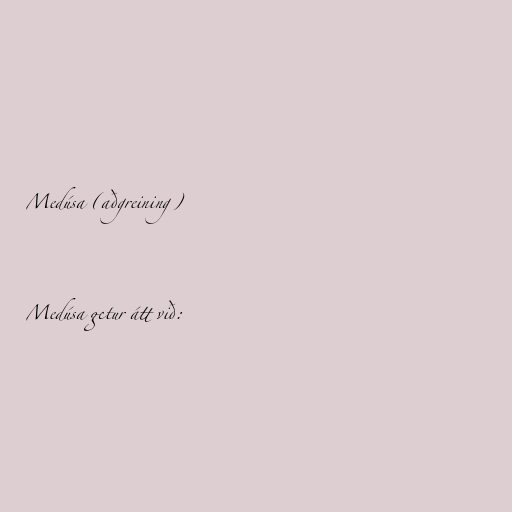
Medúsa (aðgreining)

Medúsa getur átt við: